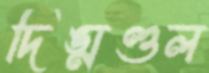
দিঙ্মণ্ডল